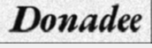
Donadee